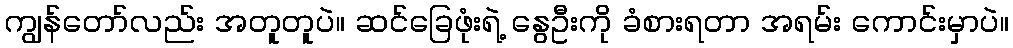
ကျွန်တော်လည်း အတူတူပဲ။ ဆင်ခြေဖုံးရဲ့ နွေဦးကို ခံစားရတာ အရမ်း ကောင်းမှာပဲ။